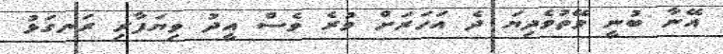
އޭނާ ބުނީ ވޭތުވެދިޔަ ދެ އަހަރަށް ވުރެ ވެސް އީދު ވިޔަފާރި ރަނގަޅު